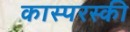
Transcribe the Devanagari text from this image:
कास्परस्की